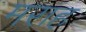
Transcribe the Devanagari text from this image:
मराह